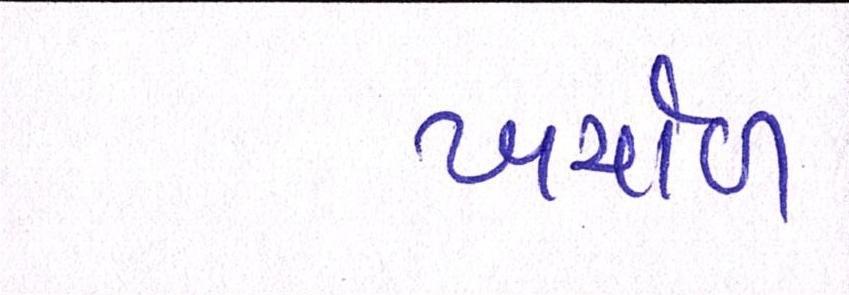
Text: ખર્ચાળ